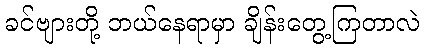
ခင်ဗျားတို့ ဘယ်နေရာမှာ ချိန်းတွေ့ကြတာလဲ